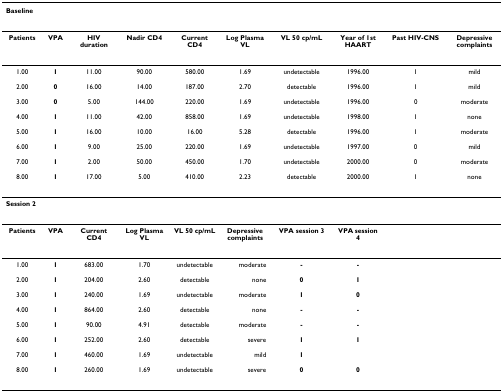
| <COLSPAN=10> Baseline |
 | --- | --- | --- | --- | --- | --- | --- | --- | --- | --- |
 | Patients | VPA | HIV duration | Nadir CD4 | Current CD4 | Log Plasma VL | VL 50 cp/mL | Year of 1st HAART | Past HIV-CNS | Depressive complaints |
 | 1.00 | 1 | 11.00 | 90.00 | 580.00 | 1.69 | undetectable | 1996.00 | 1 | mild |
 | 2.00 | 0 | 16.00 | 14.00 | 187.00 | 2.70 | detectable | 1996.00 | 1 | mild |
 | 3.00 | 0 | 5.00 | 144.00 | 220.00 | 1.69 | undetectable | 1996.00 | 0 | moderate |
 | 4.00 | 1 | 11.00 | 42.00 | 858.00 | 1.69 | undetectable | 1998.00 | 1 | none |
 | 5.00 | 1 | 16.00 | 10.00 | 16.00 | 5.28 | detectable | 1996.00 | 1 | moderate |
 | 6.00 | 1 | 9.00 | 25.00 | 220.00 | 1.69 | undetectable | 1997.00 | 0 | mild |
 | 7.00 | 1 | 2.00 | 50.00 | 450.00 | 1.70 | undetectable | 2000.00 | 0 | moderate |
 | 8.00 | 1 | 17.00 | 5.00 | 410.00 | 2.23 | detectable | 2000.00 | 1 | none |
 | <COLSPAN=10> Session 2 |
 | Patients | VPA | Current CD4 | Log Plasma VL | VL 50 cp/mL | Depressive complaints | VPA session 3 | VPA session 4 |  |  |
 | 1.00 | 1 | 683.00 | 1.70 | undetectable | moderate | - | - |  |  |
 | 2.00 | 1 | 204.00 | 2.60 | detectable | none | 0 | 1 |  |  |
 | 3.00 | 1 | 240.00 | 1.69 | undetectable | moderate | 1 | 0 |  |  |
 | 4.00 | 1 | 864.00 | 2.60 | detectable | none | - | - |  |  |
 | 5.00 | 1 | 90.00 | 4.91 | detectable | moderate | - | - |  |  |
 | 6.00 | 1 | 252.00 | 2.60 | detectable | severe | 1 | 1 |  |  |
 | 7.00 | 1 | 460.00 | 1.69 | undetectable | mild | 1 |  |  |  |
 | 8.00 | 1 | 260.00 | 1.69 | undetectable | severe | 0 | 0 |  |  |